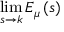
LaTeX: \operatorname* { l i m } _ { s \to k } E _ { \mu } \left( s \right)